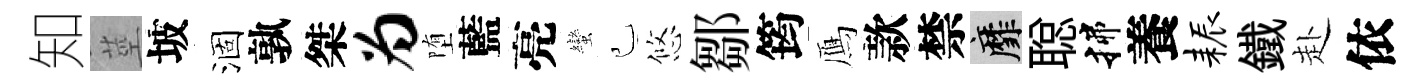
知莖坡涸孰桀为堕藍亮蠻己悠鄒筠鴈款禁靡聪揲養耨鐵赴依